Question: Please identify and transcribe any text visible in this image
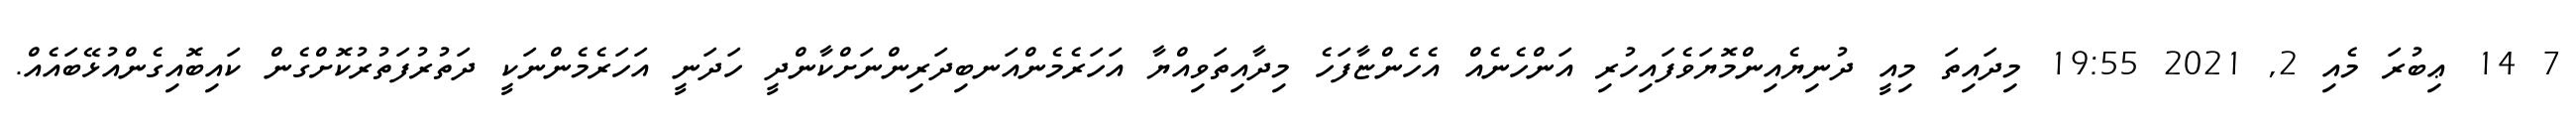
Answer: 7 14 ޢިބުރަ މެއި 2, 2021 19:55 މިދައިތަ މިއީ ދުނިޔެއިންމޮޔަވެފައިހުރި އަންހެނެއް އެހެންޏާފަހެ މިދާއިތަވިއްޔާ އަހަރެމެންއަނބިދަރިންނަށްކާންދީ ހަދަނީ އަހަރެމެންނަކީ ދަތުރުފަތުރުކޮށްގެން ކައިބޮއިގެންއުޅޭބައެއް.